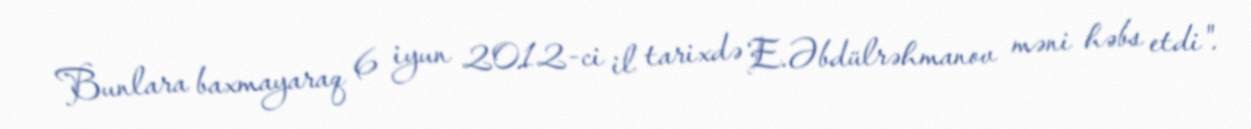
Bunlara baxmayaraq 6 iyun 2012-ci il tarixdə E.Əbdülrəhmanov məni həbs etdi".